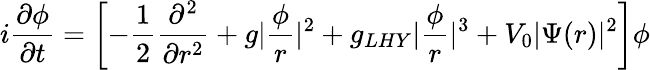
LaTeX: i\frac{\partial\phi}{\partial t}=\left[-\frac{1}{2}\frac{\partial^{2}}{\partial r^{2}}+g|\frac{\phi}{r}|^{2}+g_{LHY}|\frac{\phi}{r}|^{3}+V_{0}|\Psi(r)|^{2}\right]\phi